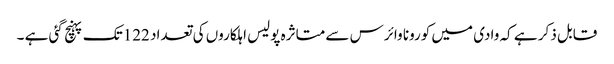
قابل ذکر ہے کہ وادی میں کورونا وائرس سے متاثرہ پولیس اہلکاروں کی تعداد 122تک پہنچ گئی ہے ۔